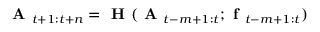
\textbf { A } _ { t + 1 : t + n } = \textbf { H } ( \textbf { A } _ { t - m + 1 : t } ; \textbf { f } _ { t - m + 1 : t } )